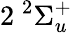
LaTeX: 2\phantom{A}\! \! \! ^{2}\Sigma_{u}^{+}